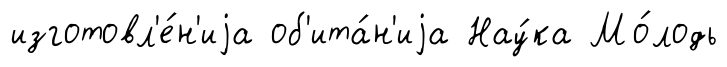
изготовл'е́н'иjа об'ита́н'иjа Нау́ка Мо́лодь